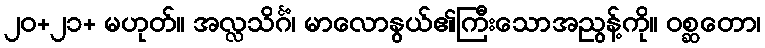
၂၀+၂၁+ မဟုတ်။ အလ္လသိင်္ဂံ၊ မာလောနွယ်၏ကြီးသောအညွန့်ကို။ ဝစ္ဆတော၊